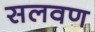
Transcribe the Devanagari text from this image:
सलवण